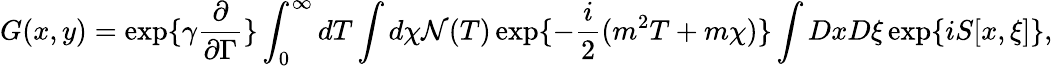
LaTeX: G(x,y)=\exp\{ \gamma\frac{\partial}{\partial\Gamma}\} \int_{0}^{\infty}dT\int d\chi{\cal N}(T)\exp\{ -\frac{i}{2}(m^{2}T+m\chi)\} \int DxD\xi\exp\{ iS[x,\xi]\} ,